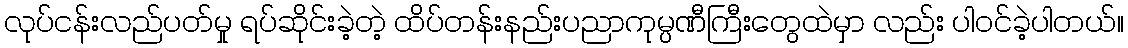
လုပ်ငန်းလည်ပတ်မှု ရပ်ဆိုင်းခဲ့တဲ့ ထိပ်တန်းနည်းပညာကုမ္ပဏီကြီးတွေထဲမှာ လည်း ပါဝင်ခဲ့ပါတယ်။